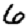
Digit: 6